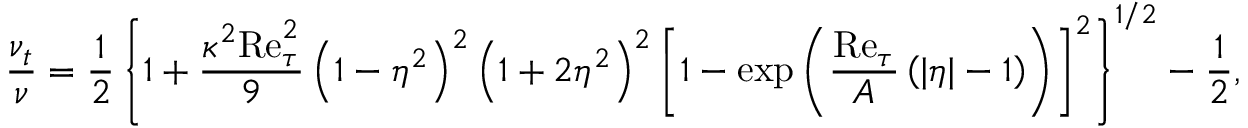
\frac { \nu _ { t } } { \nu } = \frac { 1 } { 2 } \left\{ 1 + \frac { \kappa ^ { 2 } \mathrm { R e } _ { \tau } ^ { 2 } } { 9 } \left( 1 - \eta ^ { 2 } \right) ^ { 2 } \left( 1 + 2 \eta ^ { 2 } \right) ^ { 2 } \left[ 1 - \mathrm { e x p } \left( \frac { \mathrm { R e } _ { \tau } } { A } \left( | \eta | - 1 \right) \right) \right] ^ { 2 } \right\} ^ { 1 / 2 } - \frac { 1 } { 2 } ,